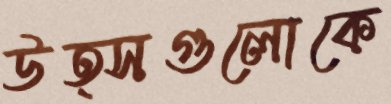
উত্সগুলোকে